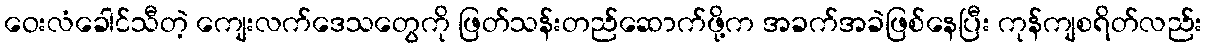
ဝေးလံခေါင်သီတဲ့ ကျေးလက်ဒေသတွေကို ဖြတ်သန်းတည်ဆောက်ဖို့က အခက်အခဲဖြစ်နေပြီး ကုန်ကျစရိတ်လည်း